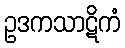
ဥဒကသာဋိကံ